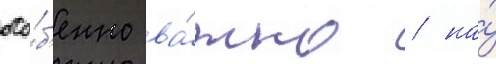
осо́б'енно ва́жно / на́